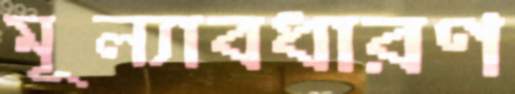
মূল্যাবধারণ